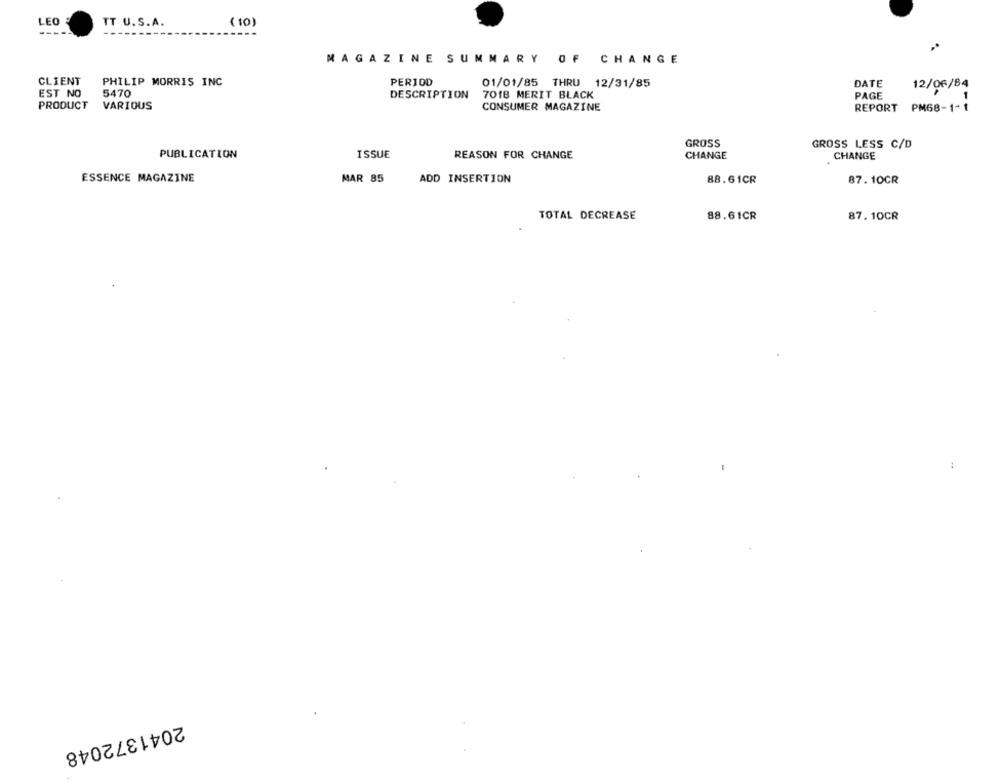
LEO
TT U.S.A.
( 10)
MAGAZINE SUMMARY OF CHANGE
CLIENT
PHILIP MORRIS INC
PERIOD
01/01/85 THRU 12/31/85
DATE
12/06/84
EST NO
5470
DESCRIPTION
7018 MERIT BLACK
PAGE
1
PRODUCT
VARIOUS
CONSUMER MAGAZINE
REPORT PM68-1-1
GROSS
GROSS LESS C/D
PUBLICATION
ISSUE
REASON FOR CHANGE
CHANGE
CHANGE
ESSENCE MAGAZINE
MAR 85
ADD INSERTION
88.61CR
87. 10CR
TOTAL DECREASE
88.61CR
87. 10CR
1
2041372048